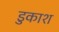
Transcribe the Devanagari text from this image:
डुकाश